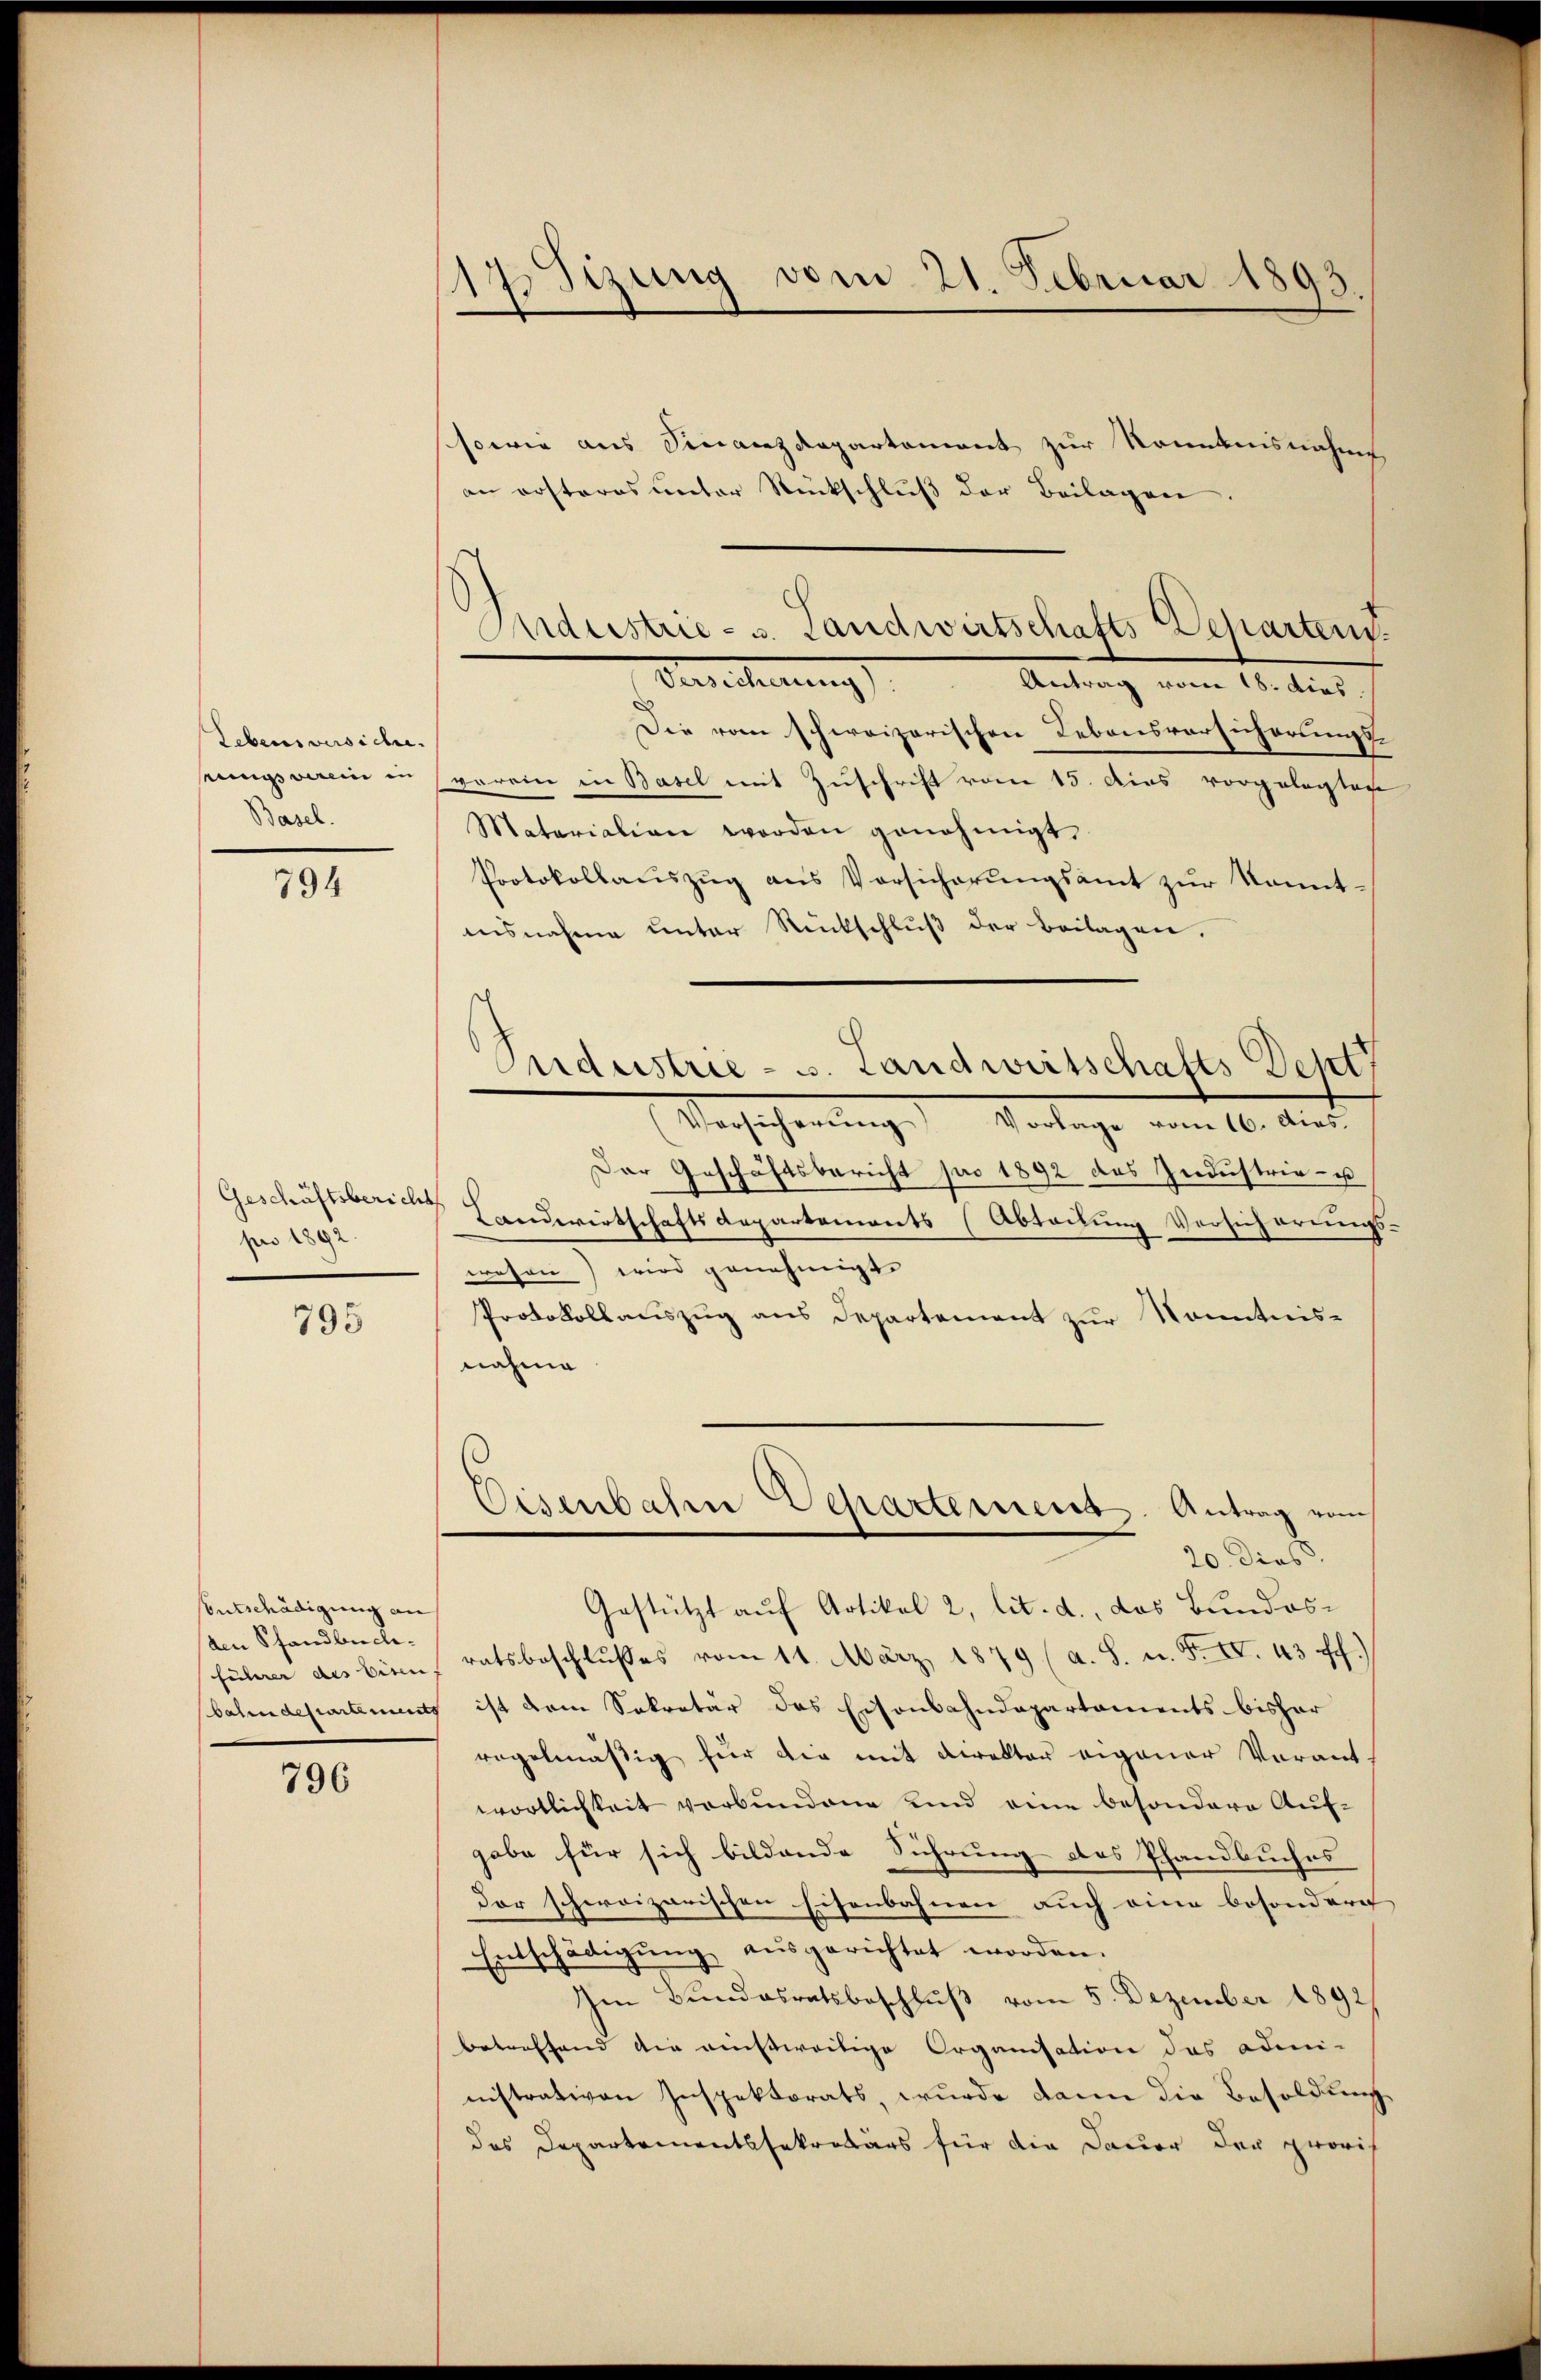
Lebens versiche.
rungsverein in
Basel.

794

Geschäftsberichs
pro 1892.

795

Entschädigung an
den Pfandbuch.

796

17. Sizung vom 21. Februar 1893.

sowie aus Finanzdepartement zur Romanisnahme
an ersteres unter Rückschlŭβ der Beilagen.
Die vom schweizerischen Lebensversicherungsvorein in Basel mit Zuschrift vom 15. dies vorgelegtech
Matariation worden genehmigt.
Protokollauszug aus Vorsicherungsamt zur konntausnahme unter Rückschluß der Beilagen.
Versicherŭng Vorlage vom 16. dies
Der Geschäftsbericht pro 1892 des Industrie - u
Landwirtschaftsdepartements (Abteilung Versicherungswesen) wird genehmigt.
Protokollauszug aus Departement zur Kenntnis-
nahme
Eisenbahre Departement. Antrag vom
20. dies
Gestützt auf Artikal 2, lit. d., das Bundesführer des bien ratsbeschlußes vom 11. März 1879 (a. S. n. F. IV. 43 ff.)
bahndepartements ist dem Sekretär das Eisenbahndepartaments bisher
regelmäßig für die mit Direktor eigener Verant
wortlichkeit verbundene und eine besondere Auf-
gabe für sich bildende Führung des Pfandbuches
Der schweizerischen Eisenbahnen auch eine besondere
Entschädigŭng aŭsgerichtet worden.
Im Bundesratsbeschluß vom 5. Dezember 1892
betreffend die ausweilige Organisation das admi-
nistrativen Inspektorats, wurde dann die Besoldung
das Departementssekretärs für die Dauer der proris

Indristrie - u. Landwirtschafts Departens
Berechnung .   Antrag vom 10. dies

Seidestrie - s. Landwirtschafts Dept